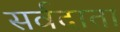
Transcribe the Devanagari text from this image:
सर्वदाता